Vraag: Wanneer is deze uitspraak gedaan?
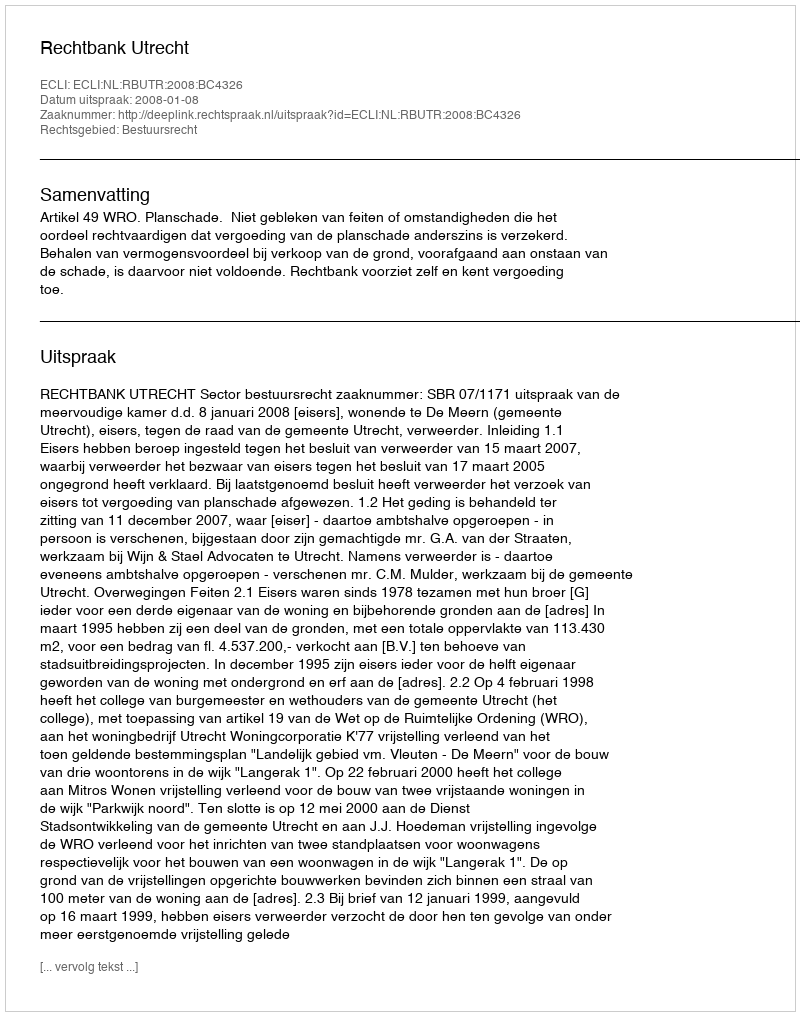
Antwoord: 2008-01-08